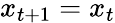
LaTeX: x_{t+1}=x_{t}